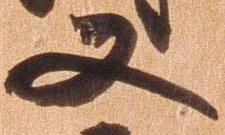
又